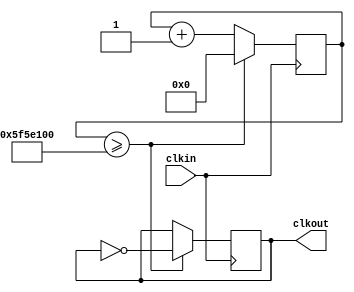
`timescale 1ns / 1ps


module Sequential_CKT(clkin, clkout);
input clkin;
output reg clkout;

reg [31:0] counter;

initial 
begin
clkout = 1'b0; // blocking assignment 
counter=0;
end
always@(posedge clkin)
begin
    if (counter >= 100000000)begin
    counter <= 1'b0;   // non-blocking assignment 
    clkout <= ~ clkout; end
    else
    counter <= counter + 1;
end
endmodule 

//module TB;
//reg clkin;
//wire clkout;

//parameter T = 10; // 10 ns

//initial
//clkin = 0;
//always 
//#(T/2) clkin = ~ clkin;

//Sequential_CKT inst0(clkin, clkout);

//endmodule